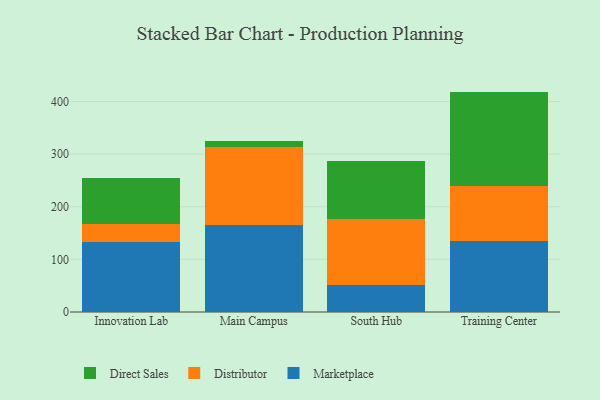
{"axis": {"x": "Campus", "y": "Active Users"}, "legend": ["Direct Sales", "Distributor", "Marketplace"], "data": [{"x": "Innovation Lab", "y": 133.6, "type": "Marketplace"}, {"x": "Innovation Lab", "y": 33.1, "type": "Distributor"}, {"x": "Innovation Lab", "y": 88.0, "type": "Direct Sales"}, {"x": "Main Campus", "y": 164.7, "type": "Marketplace"}, {"x": "Main Campus", "y": 148.0, "type": "Distributor"}, {"x": "Main Campus", "y": 12.2, "type": "Direct Sales"}, {"x": "South Hub", "y": 51.7, "type": "Marketplace"}, {"x": "South Hub", "y": 124.4, "type": "Distributor"}, {"x": "South Hub", "y": 110.7, "type": "Direct Sales"}, {"x": "Training Center", "y": 135.2, "type": "Marketplace"}, {"x": "Training Center", "y": 104.6, "type": "Distributor"}, {"x": "Training Center", "y": 179.0, "type": "Direct Sales"}]}